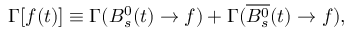
\Gamma [ f ( t ) ] \equiv \Gamma ( B _ { s } ^ { 0 } ( t ) \to f ) + \Gamma ( \overline { { { B _ { s } ^ { 0 } } } } ( t ) \to f ) ,